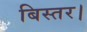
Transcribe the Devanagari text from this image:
बिस्तर।